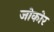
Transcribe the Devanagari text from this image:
जोकोर